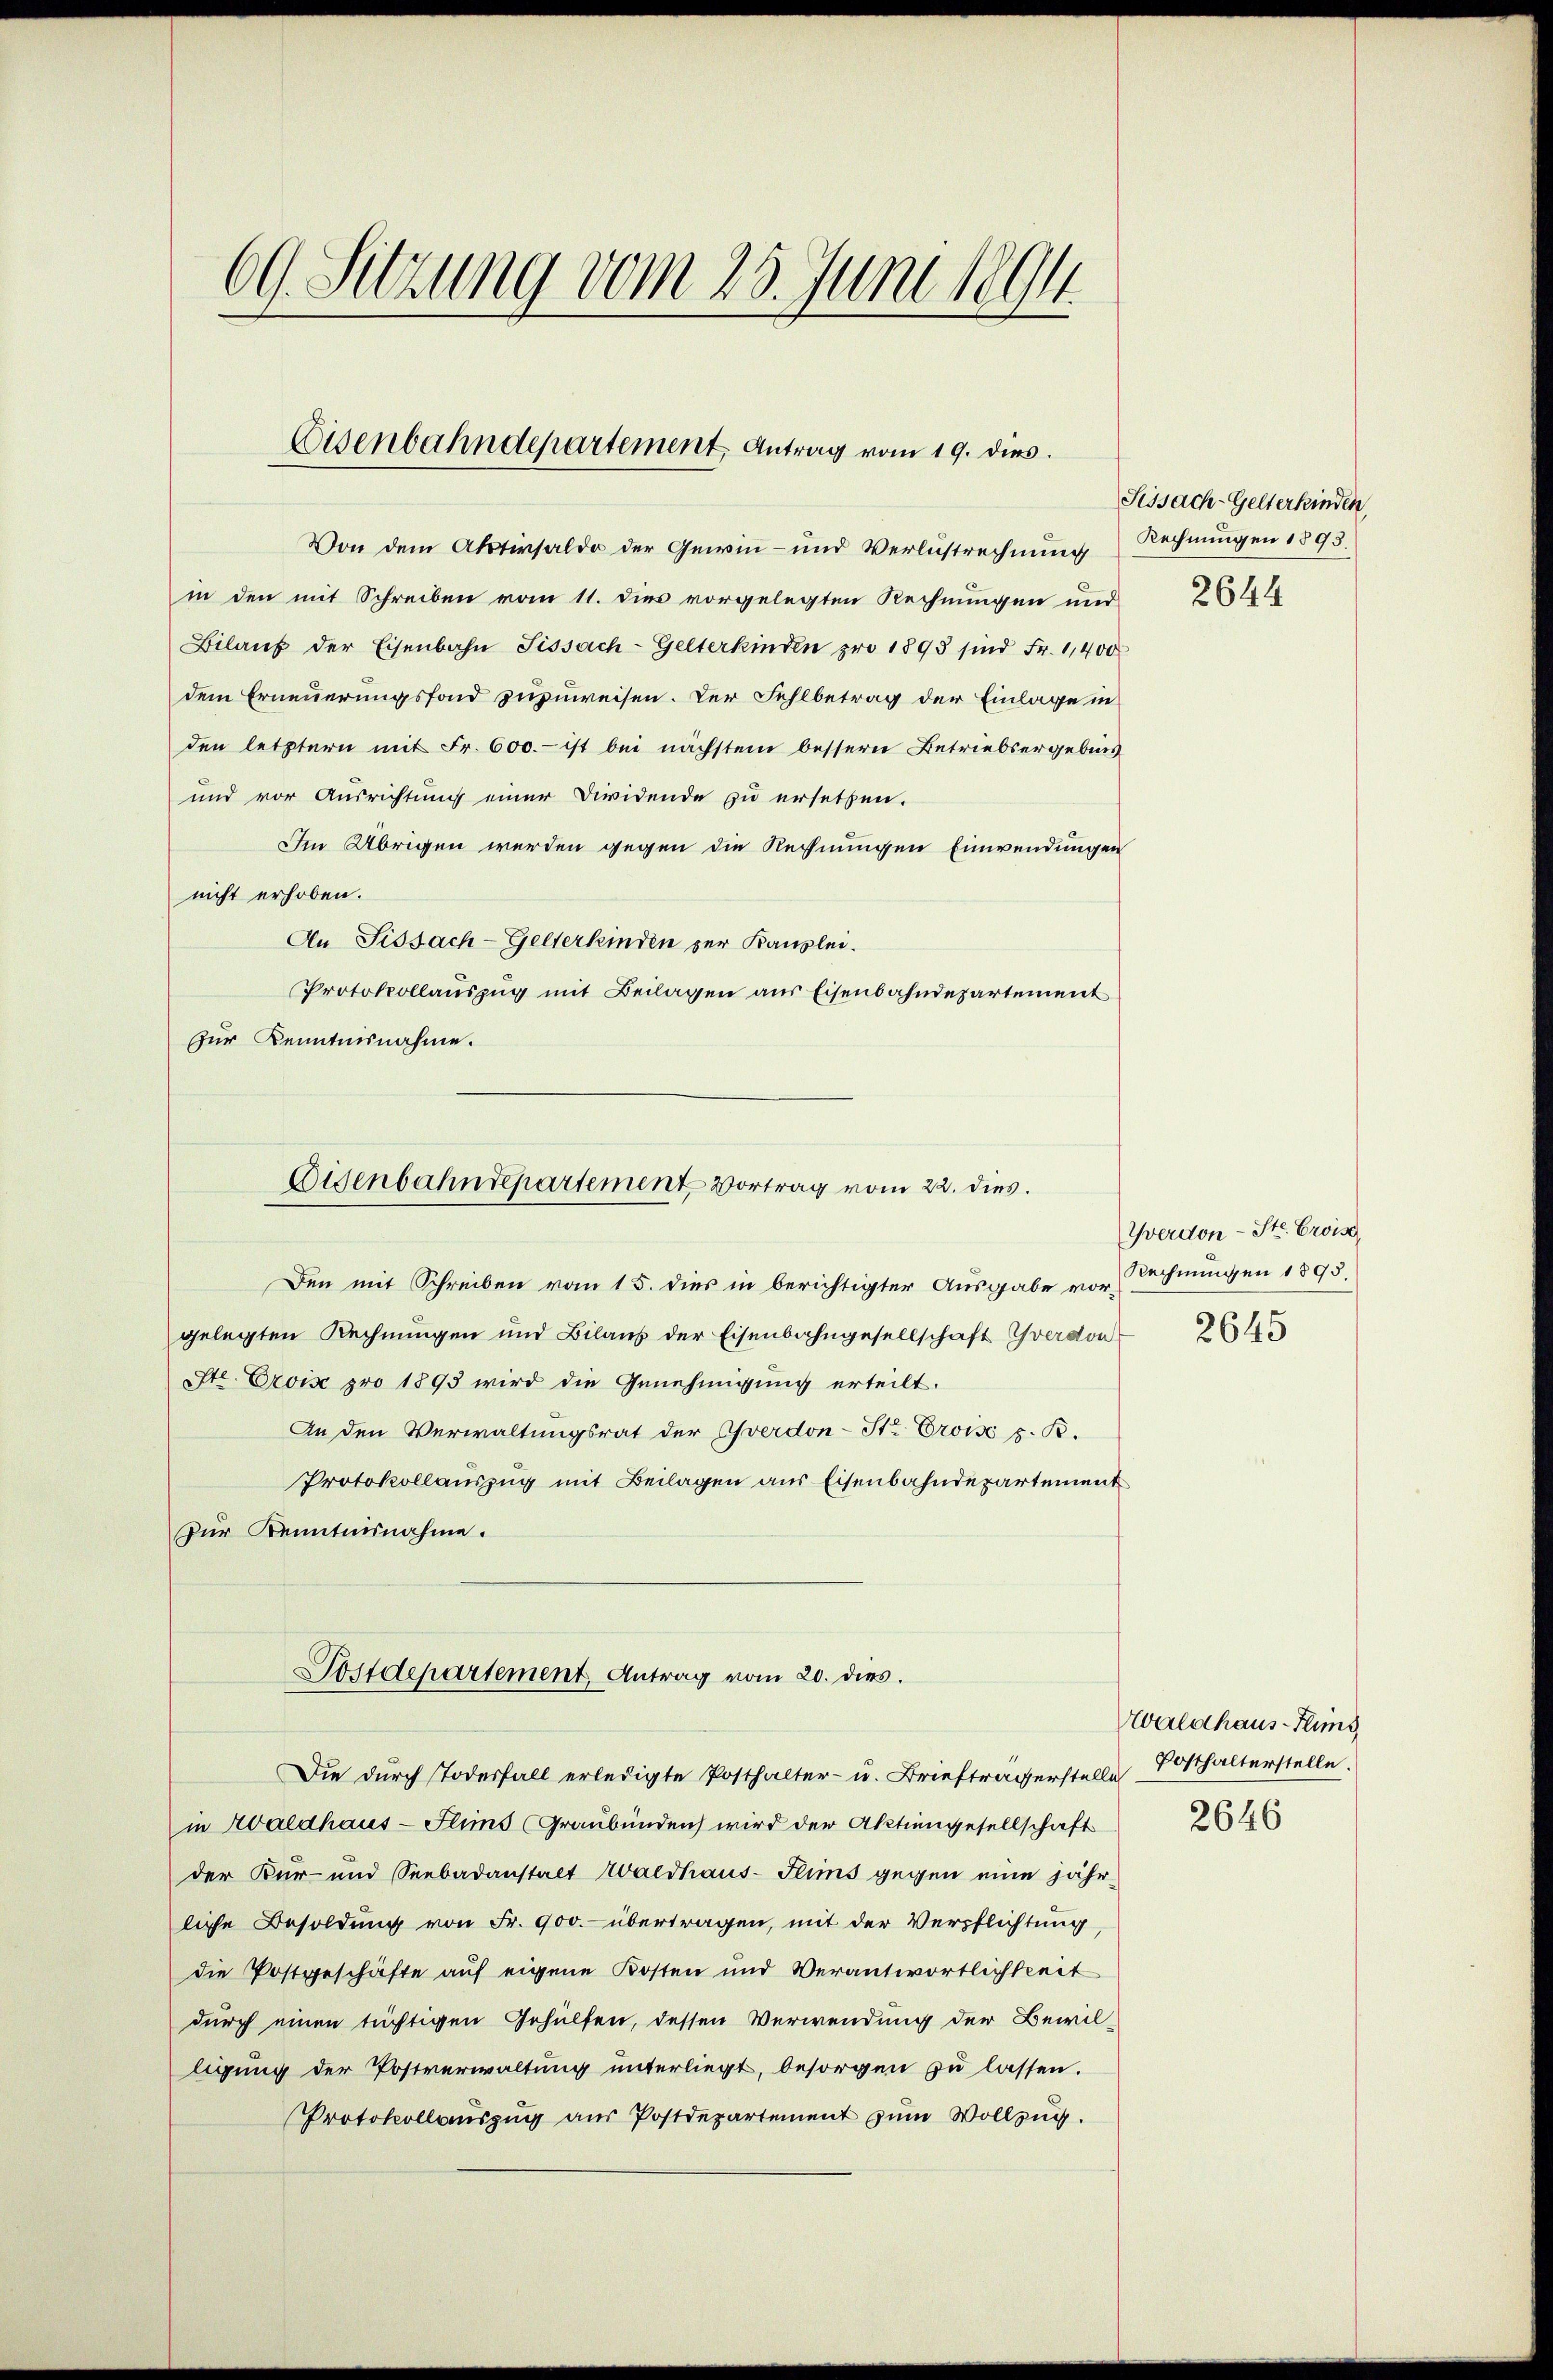
69. Sitzung vom 25. Juni 1891

Eisenbahndepartement Antrag vom 19. dies.

dem Erneuerungsfond zuzuweisen. Der Fehlbetrag der Einlage in
den letztern mit Fr. 600.- ist bei nächstem bessern Betriebsergebnis
und vor Ausrichtung einer Dividende zu ersetzen.
Im Übrigen werden gegen die Rechnungen Einwendungen
nicht erhoben.
An Fissach-Gelterkinden zur Kanzlei.
Protokollauszug mit Beilagen aus Eisenbahndepartement
Zur Kenntnisnahme.
Eisenbahndepartement Vortrag vom 22. dies
Den mit Schreiben vom 15. dies in berichtigter Ausgabe vor Rechnungen 1893.
gelegten Rechnungen und Bilans der Eisenbahngesellschaft Yverdon
te. Erois pro 1893 wird die Genehmigung erteilt.
An den Verwaltungsrat der verdon-Str Eroisé p. B.
Protokollauszug mit Beilagen aus Eisenbahndepartement
Zur Kenntnisnahme.

Von dem Aktivsaldo der Gewin- und Verlustrechnung Rechnungen 1893.
in den mit Schreiben vom 11. dies vorgelegten Rechnungen und
Bilaŭf der Eisenbahn Sissach-Gelterkinden pro 1895 sind Fr. 11400

Die durch Todesfall erledigte Posthalter- u. Brieftragerstelle Posthalterstelle.
in Waldhaus - Flims (Graubünden wird der Aktiengesellschaft
der Kur- und Seebadanstalt Waldhaus-Flims gegen eine jähr
liche Besoldung von Fr. 900. übertragen, mit der Verpflichtung,
die Postgeschäfte auf eigene Kosten und Verantwortlichkeit
durch einen tüchtigen Gehülfen, dessen Verwendung der Bewilligung der Postverwaltung unterliegt, besorgen zu lassen.
Protokollauszug aus Postdepartement zum Vollzug.

Sostdepartement, Antrag vom 20. dies.

Sissach-Gelterkinden
2644

Werdon-Ste. Eroise
2645

Walchaus-Flus
2646